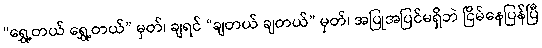
“ရွှေ့တယ် ရွှေ့တယ်” မှတ်၊ ချရင် “ချတယ် ချတယ်” မှတ်၊ အပြုအပြင်မရှိဘဲ ငြိမ်နေပြန်ပြီ